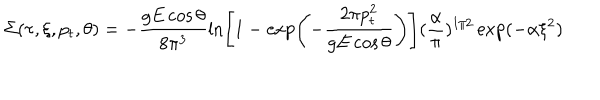
\Sigma ( \tau , \xi , p _ { t } , \theta ) = - \frac { g E \cos \theta } { 8 \pi ^ { 3 } } \ln \left[ 1 - \exp \left( - { \frac { 2 \pi p _ { t } ^ { 2 } } { g E \cos \theta } } \right) \right] ( { \frac { \alpha } { \pi } } ) ^ { 1 / 2 } \exp ( - \alpha \xi ^ { 2 } )